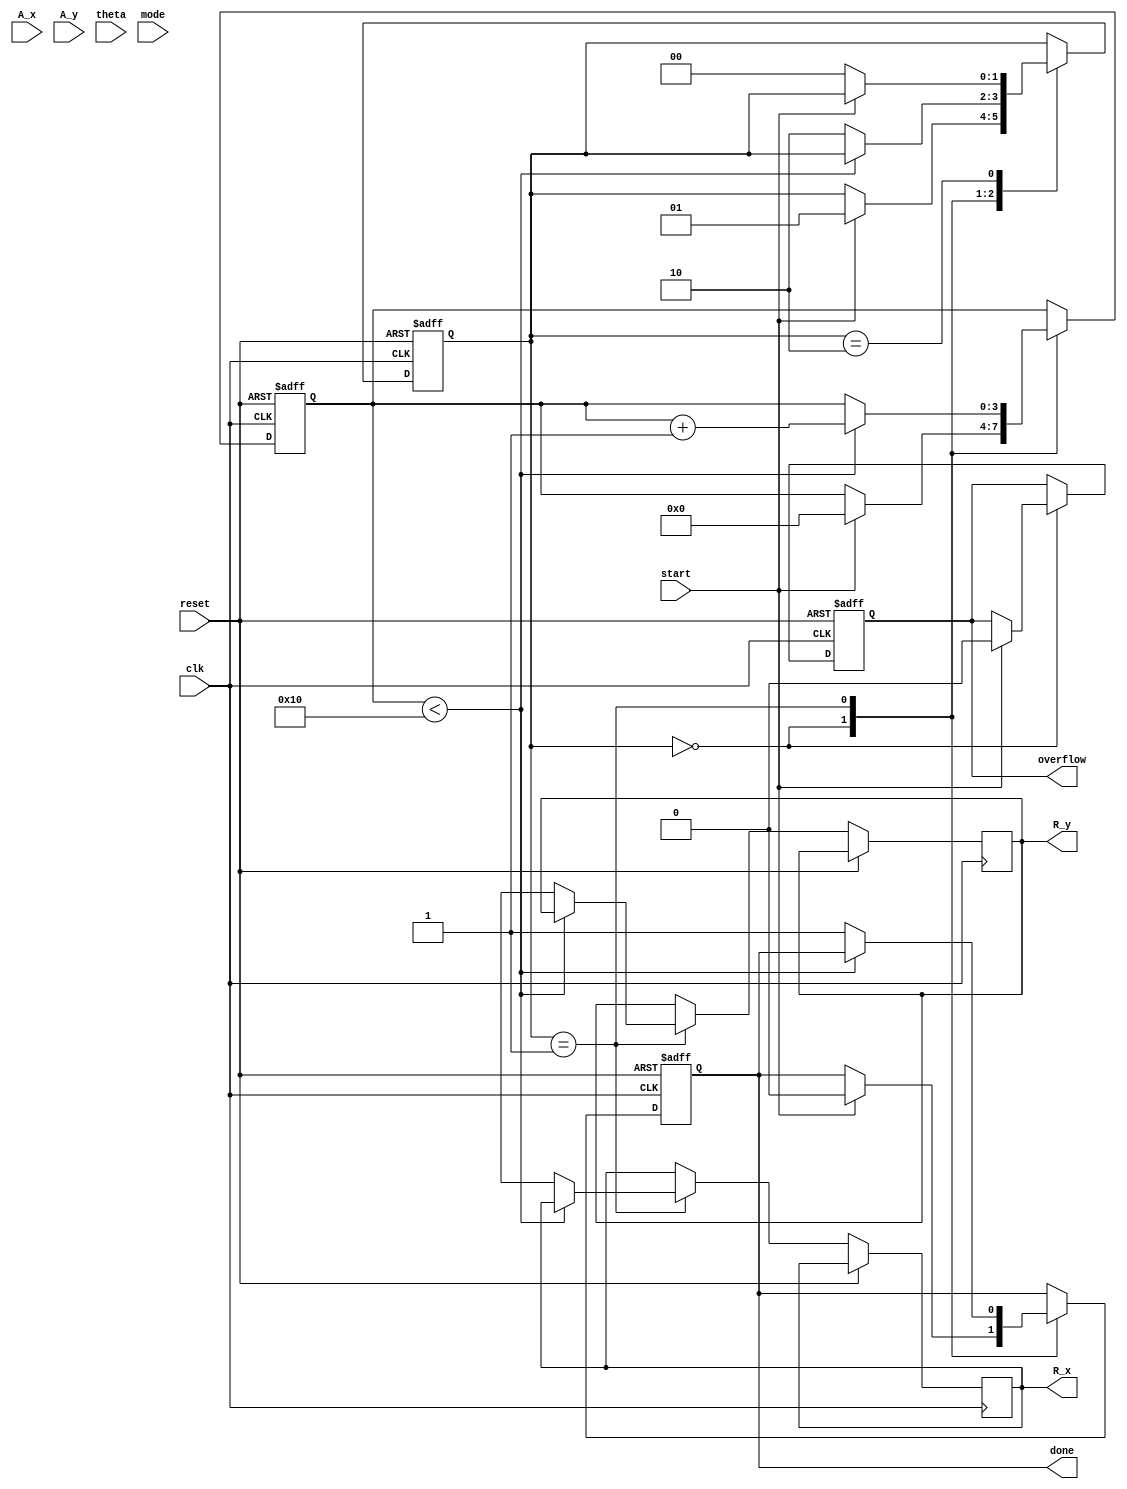
module cordic (
    input wire clk,
    input wire reset,
    input wire start,
    input wire [15:0] A_x, // Fixed-point representation of vector A's x-component
    input wire [15:0] A_y, // Fixed-point representation of vector A's y-component
    input wire [15:0] theta, // Angle for rotation
    input wire [1:0] mode, // 00: Rotation, 01: Vectoring
    output reg [15:0] R_x, // Resultant vector x-component
    output reg [15:0] R_y, // Resultant vector y-component
    output reg done, // Operation completion signal
    output reg overflow // Overflow detection signal
);

    // Parameters
    parameter NUM_ITERATIONS = 16; // Number of iterations
    parameter FIXED_POINT_SCALE = 16'h4000; // Scaling factor for fixed-point representation

    // Internal signals
    reg [15:0] x [0:NUM_ITERATIONS-1]; // x components
    reg [15:0] y [0:NUM_ITERATIONS-1]; // y components
    reg [15:0] angle [0:NUM_ITERATIONS-1]; // Precomputed angles
    reg [3:0] iteration; // Current iteration counter
    reg [15:0] current_theta; // Current angle for rotation
    reg [1:0] state; // FSM state

    // FSM states
    localparam IDLE = 2'b00;
    localparam PROCESS = 2'b01;
    localparam DONE = 2'b10;

    // Initialize angles for CORDIC
    initial begin
        angle[0] = 16'h2000; // atan(2^-0)
        angle[1] = 16'h1000; // atan(2^-1)
        angle[2] = 16'h0800; // atan(2^-2)
        angle[3] = 16'h0400; // atan(2^-3)
        angle[4] = 16'h0200; // atan(2^-4)
        angle[5] = 16'h0100; // atan(2^-5)
        angle[6] = 16'h0080; // atan(2^-6)
        angle[7] = 16'h0040; // atan(2^-7)
        angle[8] = 16'h0020; // atan(2^-8)
        angle[9] = 16'h0010; // atan(2^-9)
        angle[10] = 16'h0008; // atan(2^-10)
        angle[11] = 16'h0004; // atan(2^-11)
        angle[12] = 16'h0002; // atan(2^-12)
        angle[13] = 16'h0001; // atan(2^-13)
        angle[14] = 16'h0000; // atan(2^-14)
        angle[15] = 16'h0000; // atan(2^-15)
    end

    // FSM for operation control
    always @(posedge clk or posedge reset) begin
        if (reset) begin
            state <= IDLE;
            done <= 0;
            overflow <= 0;
            iteration <= 0;
        end else begin
            case (state)
                IDLE: begin
                    if (start) begin
                        // Load initial values
                        x[0] <= A_x;
                        y[0] <= A_y;
                        current_theta <= theta;
                        iteration <= 0;
                        state <= PROCESS;
                        done <= 0;
                        overflow <= 0;
                    end
                end
                PROCESS: begin
                    if (iteration < NUM_ITERATIONS) begin
                        // CORDIC rotation logic
                        if (current_theta >= angle[iteration]) begin
                            x[iteration + 1] <= x[iteration] - (y[iteration] >> iteration);
                            y[iteration + 1] <= y[iteration] + (x[iteration] >> iteration);
                            current_theta <= current_theta - angle[iteration];
                        end else begin
                            x[iteration + 1] <= x[iteration] + (y[iteration] >> iteration);
                            y[iteration + 1] <= y[iteration] - (x[iteration] >> iteration);
                            current_theta <= current_theta + angle[iteration];
                        end
                        iteration <= iteration + 1;
                    end else begin
                        // Final output assignment
                        R_x <= x[NUM_ITERATIONS];
                        R_y <= y[NUM_ITERATIONS];
                        done <= 1;
                        state <= DONE;
                    end
                end
                DONE: begin
                    // Reset state to IDLE after done
                    if (!start) begin
                        state <= IDLE;
                    end
                end
            endcase
        end
    end

endmodule